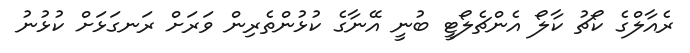
ރެއާލްގެ ކޯޗު ކާލޯ އެންޗެލޯޓީ ބުނީ އޭނާގެ ކުޅުންތެރިން ވަރަށް ރަނގަޅަށް ކުޅުނު